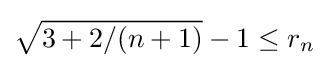
{\sqrt {3+2/(n+1)}}-1\leq r_{n}